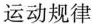
运动规律